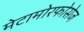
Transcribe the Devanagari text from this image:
मेटामोरफोसेज